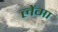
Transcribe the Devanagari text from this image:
लेंगा